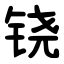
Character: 铙